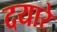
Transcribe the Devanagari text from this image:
दयारे